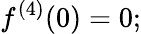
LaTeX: f^{(4)}(0)=0;